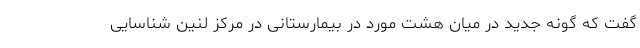
گفت که گونه جدید در میان هشت مورد در بیمارستانی در مرکز لنین شناسایی